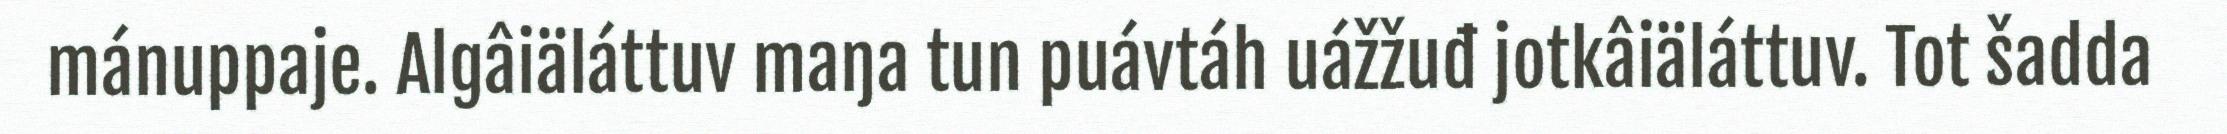
mánuppaje. Algâiäláttuv maŋa tun puávtáh uážžuđ jotkâiäláttuv. Tot šadda